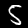
Label: 5